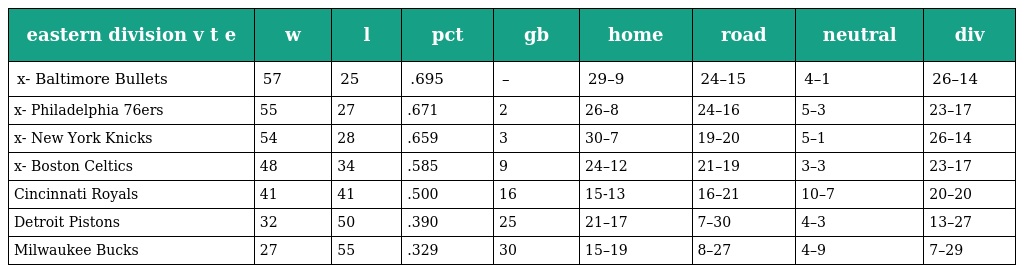
| eastern division v t e | w | l | pct | gb | home | road | neutral | div |
 | --- | --- | --- | --- | --- | --- | --- | --- | --- |
 | x- Baltimore Bullets | 57 | 25 | .695 | – | 29–9 | 24–15 | 4–1 | 26–14 |
 | x- Philadelphia 76ers | 55 | 27 | .671 | 2 | 26–8 | 24–16 | 5–3 | 23–17 |
 | x- New York Knicks | 54 | 28 | .659 | 3 | 30–7 | 19–20 | 5–1 | 26–14 |
 | x- Boston Celtics | 48 | 34 | .585 | 9 | 24–12 | 21–19 | 3–3 | 23–17 |
 | Cincinnati Royals | 41 | 41 | .500 | 16 | 15-13 | 16–21 | 10–7 | 20–20 |
 | Detroit Pistons | 32 | 50 | .390 | 25 | 21–17 | 7–30 | 4–3 | 13–27 |
 | Milwaukee Bucks | 27 | 55 | .329 | 30 | 15–19 | 8–27 | 4–9 | 7–29 |